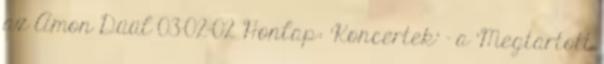
az Amon Düül 03-02-02 Honlap: 'Koncertek' - a 'Megtartott